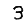
Digit: 3